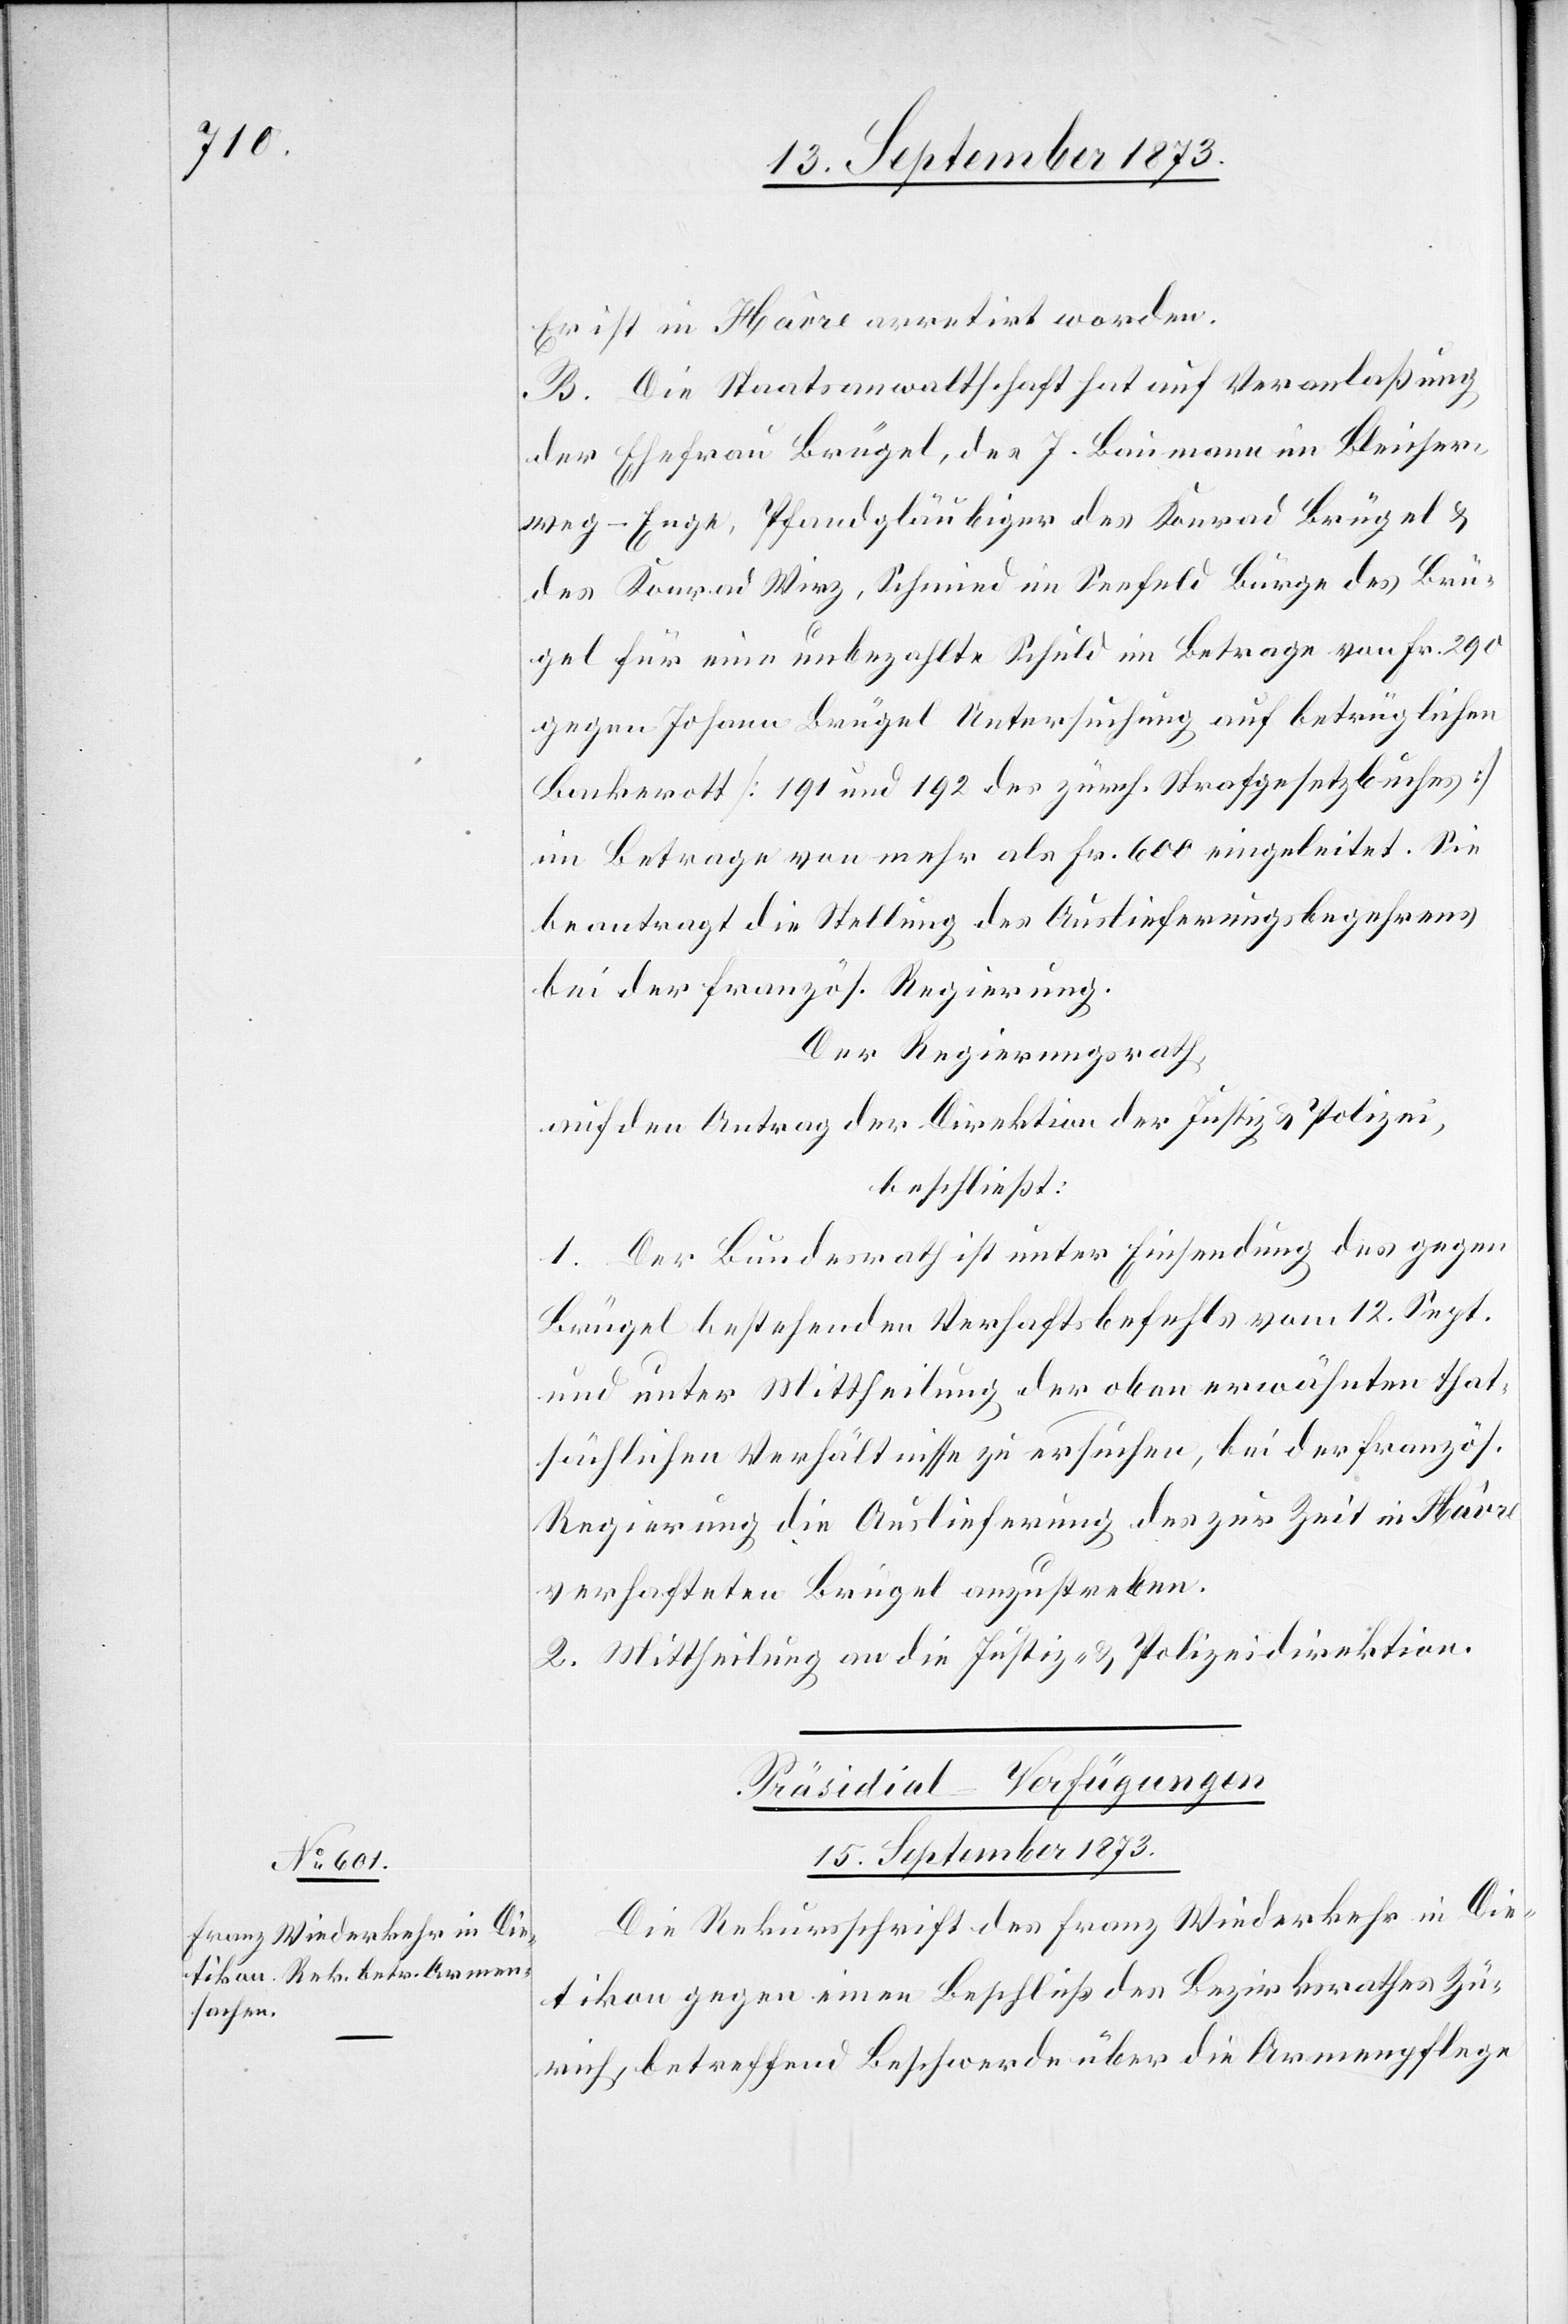
Er ist in Hâvre arretirt worden.
B. Die Staatsanwaltschaft hat auf Veranlaßung
der Ehefrau Brügel, des J. Baumann im Bleicher¬
weg-Enge, Pfandgläubiger des Konrad Brügel &
des Konrad Wirz, Schmied im Seefeld Bürge des Brü¬
gel für eine unbezahlte Schuld im Betrage von Fr. 290
gegen Johann Brügel Untersuchung auf betrüglichen
Bankerott [191 und 192 des zürch. Strafgesetzbuches]
im Betrage von mehr als Fr. 600 eingeleitet. Sie
beantragt die Stellung des Auslieferungsbegehrens
bei der französ. Regierung.
Der Regierungsrath,
auf den Antrag der Direktion der Justiz & Polizei,
beschließt:
1. Der Bundesrath ist unter Einsendung des gegen
Brügel bestehenden Verhaftsbefehls vom 12. Sept.
und unter Mittheilung der oben erwähnten that¬
sächlichen Verhältnisse zu ersuchen, bei der französ.
Regierung die Auslieferung des zur Zeit in Hâvre
verhafteten Brügel anzustreben.
2. Mittheilung an die Justiz- & Polizeidirektion.
Präsidial-Verfügungen
15. September 1873.
Die Rekursschrift des Franz Wiederkehr in Die¬
tikon gegen einen Beschluß des Bezirksrathes Zü¬
rich, betreffend Beschwerde über die Armenpflege